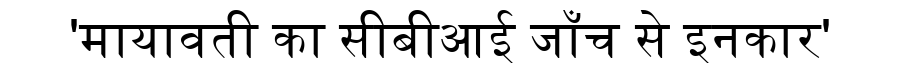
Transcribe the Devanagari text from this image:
'मायावती का सीबीआई जाँच से इनकार'